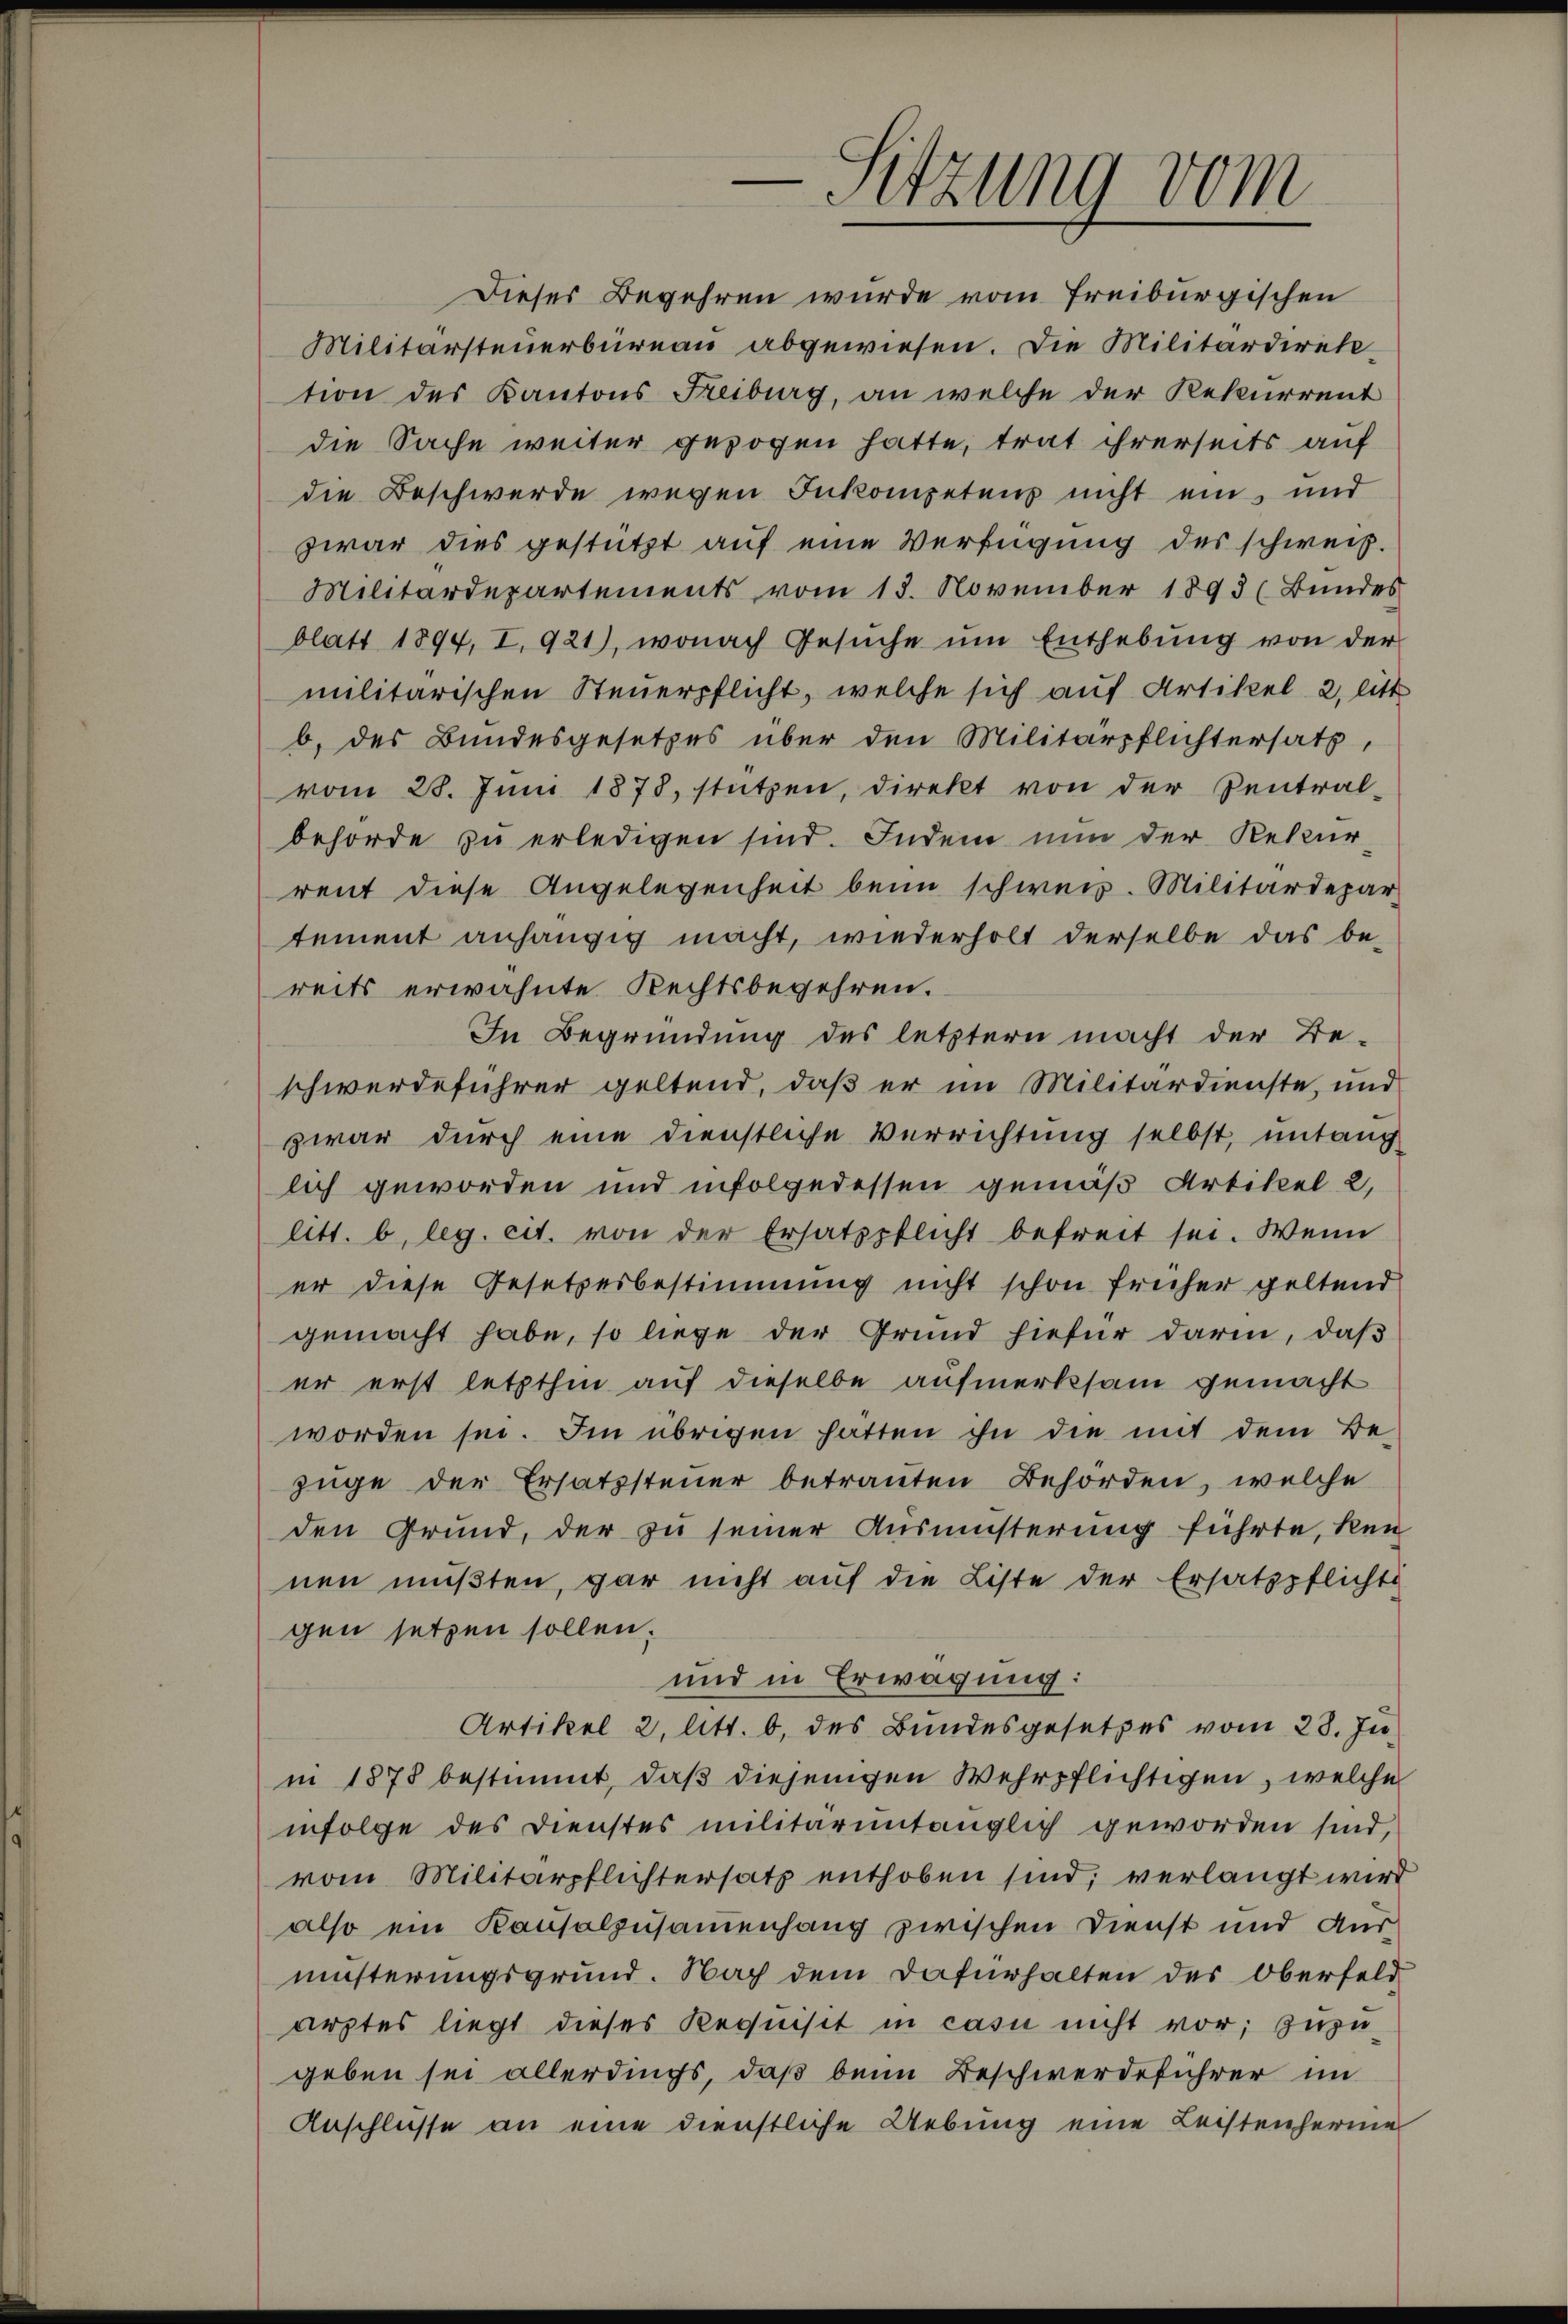
-Sitzung vom

Dieses Begehren wurde vom Freiburgischen
Militärsteŭerbüreau abgewiesen. Die Militärdirektion des Kantons Freiburg, an welche der Rekurrent
die Sache weiter gezogen hatte, trat ihrerseits auf
die Beschwerde wegen Inkompetens nicht ein und
zwar dies gestützt auf eine Verfügung des schweiz.
Militärdepartements vom 13. November 1893 (Bundes
blatt 1894, I. 921), wonach Gesŭche ŭm Enthebŭng von der
militärischen Steuerpflicht, welche sich auf Artikel 2, litt
b. des Bundesgesetzes über den Militärpflichtersatz,
vom 28. Jŭni 1878, stützen, direkt von der Zentral-
behörde zu erledigen sind. Indem nun der Rekurrent diese Angelegenheit beim schweiz. Militärdepar
tement anhängig macht, wiederholt derselbe das be-
reits erwähnte Rechtsbegehren.
In Begründung des letztern macht der Be-
schwerdeführer geltend, daß er im Militärdienste, und
zwar durch eine dienstliche Verrichtung selbst, untang
lich geworden und infolgedessen gemäß Artikel 2,
litt. b, leg. cit. von der Ersatzpflicht befreit sei. Wenn
er diese Gesetzesbestimmung nicht schon früher geltend
gemacht habe, so liege der Grund hiefür darin, daß
er erst letzthin auf dieselbe aufmerksam gemacht
worden sei. Im übrigen hätten ihn die mit dem Be-
züge der Ersatzsteuer betrauten Behörden, welche
den Grund, der zu seiner Ausmüsterung führte, kein
nen müßten, gar nicht auf die Liste der Ersatzpflichti
gen setzen sollen.
und in Erwägung:
Artikel 2. Att. b, des Bundesgesetzes vom 28. Juni 1878 bestimmt, daβ diejenigen Wehrpflichtigen, welche
infolge des Dienstes militaruntänglich geworden sind,
vom Militärpflichtersatz enthoben sind, verlangt wird
also ein Kausalzusammenhang zwischen Dienst und Ausmüsterungsgrund. Nach dem Dafürhalten des Oberfeld
arztes liegt dieses Requisit in casu nicht vor; zuzugeben sei allerdings, daß beim Beschwerdeführer im
Anschlüsse an eine dienstliche Uebung eine Leistenferie